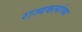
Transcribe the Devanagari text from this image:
राज्यकर्त्याच्या